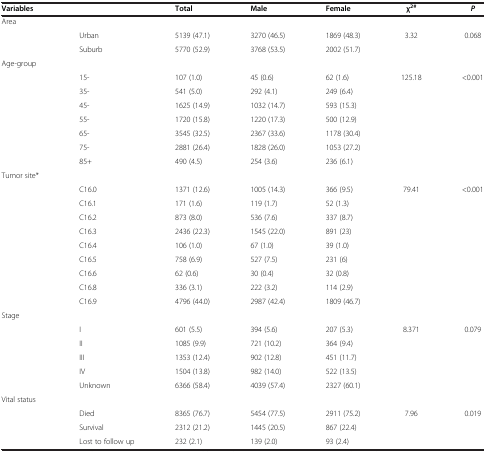
<table><thead><tr><td><b>Variables</b></td><td><b> </b></td><td><b>Total</b></td><td><b>Male</b></td><td><b>Female</b></td><td><b>χ<sup>2#</sup></b></td><td><b><i>P</i></b></td></tr></thead><tbody><tr><td>Area</td><td> </td><td> </td><td> </td><td> </td><td> </td><td> </td></tr><tr><td> </td><td>Urban</td><td>5139 (47.1)</td><td>3270 (46.5)</td><td>1869 (48.3)</td><td>3.32</td><td>0.068</td></tr><tr><td> </td><td>Suburb</td><td>5770 (52.9)</td><td>3768 (53.5)</td><td>2002 (51.7)</td><td> </td><td> </td></tr><tr><td>Age-group</td><td> </td><td> </td><td> </td><td> </td><td> </td><td> </td></tr><tr><td> </td><td>15-</td><td>107 (1.0)</td><td>45 (0.6)</td><td>62 (1.6)</td><td>125.18</td><td>&lt;0.001</td></tr><tr><td> </td><td>35-</td><td>541 (5.0)</td><td>292 (4.1)</td><td>249 (6.4)</td><td> </td><td> </td></tr><tr><td> </td><td>45-</td><td>1625 (14.9)</td><td>1032 (14.7)</td><td>593 (15.3)</td><td> </td><td> </td></tr><tr><td> </td><td>55-</td><td>1720 (15.8)</td><td>1220 (17.3)</td><td>500 (12.9)</td><td> </td><td> </td></tr><tr><td> </td><td>65-</td><td>3545 (32.5)</td><td>2367 (33.6)</td><td>1178 (30.4)</td><td> </td><td> </td></tr><tr><td> </td><td>75-</td><td>2881 (26.4)</td><td>1828 (26.0)</td><td>1053 (27.2)</td><td> </td><td> </td></tr><tr><td> </td><td>85+</td><td>490 (4.5)</td><td>254 (3.6)</td><td>236 (6.1)</td><td> </td><td> </td></tr><tr><td>Tumor site*</td><td> </td><td> </td><td> </td><td> </td><td> </td><td> </td></tr><tr><td> </td><td>C16.0</td><td>1371 (12.6)</td><td>1005 (14.3)</td><td>366 (9.5)</td><td>79.41</td><td>&lt;0.001</td></tr><tr><td> </td><td>C16.1</td><td>171 (1.6)</td><td>119 (1.7)</td><td>52 (1.3)</td><td> </td><td> </td></tr><tr><td> </td><td>C16.2</td><td>873 (8.0)</td><td>536 (7.6)</td><td>337 (8.7)</td><td> </td><td> </td></tr><tr><td> </td><td>C16.3</td><td>2436 (22.3)</td><td>1545 (22.0)</td><td>891 (23)</td><td> </td><td> </td></tr><tr><td> </td><td>C16.4</td><td>106 (1.0)</td><td>67 (1.0)</td><td>39 (1.0)</td><td> </td><td> </td></tr><tr><td> </td><td>C16.5</td><td>758 (6.9)</td><td>527 (7.5)</td><td>231 (6)</td><td> </td><td> </td></tr><tr><td> </td><td>C16.6</td><td>62 (0.6)</td><td>30 (0.4)</td><td>32 (0.8)</td><td> </td><td> </td></tr><tr><td> </td><td>C16.8</td><td>336 (3.1)</td><td>222 (3.2)</td><td>114 (2.9)</td><td> </td><td> </td></tr><tr><td> </td><td>C16.9</td><td>4796 (44.0)</td><td>2987 (42.4)</td><td>1809 (46.7)</td><td> </td><td> </td></tr><tr><td>Stage</td><td> </td><td> </td><td> </td><td> </td><td> </td><td> </td></tr><tr><td> </td><td>I</td><td>601 (5.5)</td><td>394 (5.6)</td><td>207 (5.3)</td><td>8.371</td><td>0.079</td></tr><tr><td> </td><td>II</td><td>1085 (9.9)</td><td>721 (10.2)</td><td>364 (9.4)</td><td> </td><td> </td></tr><tr><td> </td><td>III</td><td>1353 (12.4)</td><td>902 (12.8)</td><td>451 (11.7)</td><td> </td><td> </td></tr><tr><td> </td><td>IV</td><td>1504 (13.8)</td><td>982 (14.0)</td><td>522 (13.5)</td><td> </td><td> </td></tr><tr><td> </td><td>Unknown</td><td>6366 (58.4)</td><td>4039 (57.4)</td><td>2327 (60.1)</td><td> </td><td> </td></tr><tr><td>Vital status</td><td> </td><td> </td><td> </td><td> </td><td> </td><td> </td></tr><tr><td> </td><td>Died</td><td>8365 (76.7)</td><td>5454 (77.5)</td><td>2911 (75.2)</td><td>7.96</td><td>0.019</td></tr><tr><td> </td><td>Survival</td><td>2312 (21.2)</td><td>1445 (20.5)</td><td>867 (22.4)</td><td> </td><td> </td></tr><tr><td> </td><td>Lost to follow up</td><td>232 (2.1)</td><td>139 (2.0)</td><td>93 (2.4)</td><td> </td><td> </td></tr></tbody></table>